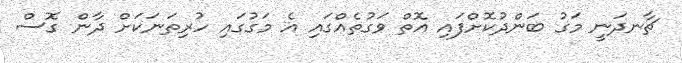
ޗާނދަނީ މަގު ބަންދުކޮށްފައި އޮތް ވަގުތެއްގައި އެ މަގުގައި ހުރިތަނަކަށް ދާން ގޮސް